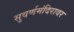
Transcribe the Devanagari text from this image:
सुवर्णमंदिरावर